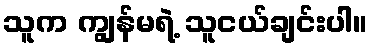
သူက ကျွန်မရဲ့ သူငယ်ချင်းပါ။